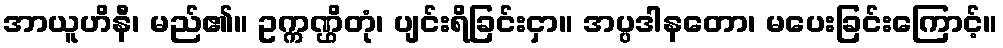
အာယူဟိနီ၊ မည်၏။ ဥက္ကဏ္ဌိတုံ၊ ပျင်းရိခြင်းငှာ။ အပ္ပဒါနတော၊ မပေးခြင်းကြောင့်။